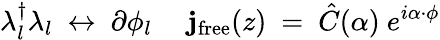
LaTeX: \lambda_{l}^{\dagger}\lambda_{l}~\leftrightarrow~\partial\phi_{l}{}~~~~~\mathbf{j}_{\mathrm{{free}}}(z)~=~{\hat{{C}}}(\alpha)~e^{i\alpha\cdot\phi}